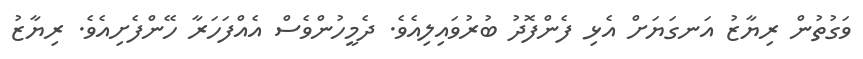
ވަގުތުން ރިޔާޒު އަނގަޔަށް އެޅި ފެންފޮދު ބުރުވައިލިއެވެ. ދެމީހުންވެސް އެއްފަހަރާ ހޭންފެށިއެވެ. ރިޔާޒު